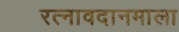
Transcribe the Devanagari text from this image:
रत्नावदानमाला